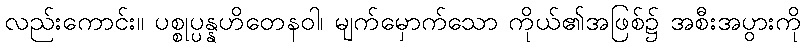
လည်းကောင်း။ ပစ္စုပ္ပန္နဟိတေနဝါ၊ မျက်မှောက်သော ကိုယ်၏အဖြစ်၌ အစီးအပွားကို